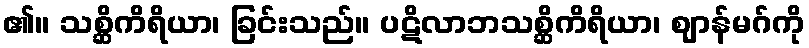
၏။ သစ္ဆိကိရိယာ၊ ခြင်းသည်။ ပဋိလာဘသစ္ဆိကိရိယာ၊ ဈာန်မဂ်ကို